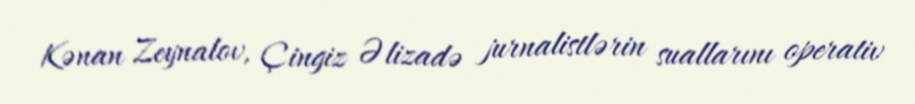
Kənan Zeynalov, Çingiz Əlizadə jurnalistlərin suallarını operativ